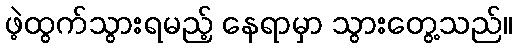
ဖဲ့ထွက်သွားရမည့် နေရာမှာ သွားတွေ့သည်။